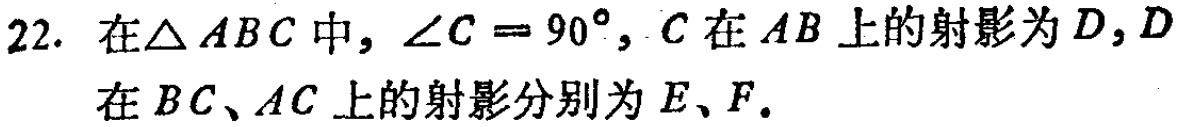
22. 在$\triangle ABC$中，$\angle C = 90^{\circ}$，$C$在$AB$上的射影为$D$，$D$在$BC$、$AC$上的射影分别为$E$、$F$.